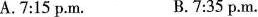
A.7:15 p.M. B.7:35 p.M.